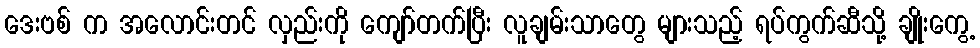
ဒေးဗစ် က အလောင်းတင် လှည်းကို ကျော်တက်ပြီး လူချမ်းသာတွေ များသည့် ရပ်ကွက်ဆီသို့ ချိုးကွေ့